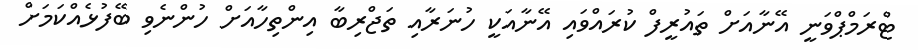
ޓްރަމްޕްވަނީ އޭނާއަށް ތައުރީފް ކުރައްވައި އޭނާއަކީ ހުނަރާއި ތަޖްރިބާ އިންތިހާއަށް ހުންނެވި ބޭފުޅެއްކަމަށް